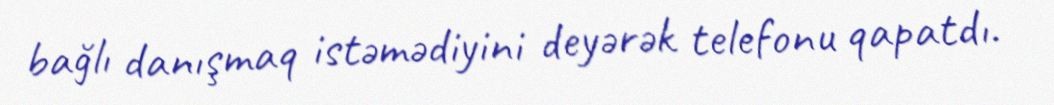
bağlı danışmaq istəmədiyini deyərək telefonu qapatdı.